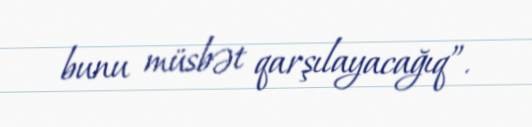
bunu müsbət qarşılayacağıq”.